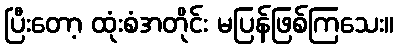
ပြီးတော့ ထုံးစံအတိုင်း မပြန်ဖြစ်ကြသေး။